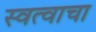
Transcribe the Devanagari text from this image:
स्वत्वाचा